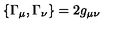
\left\{ \Gamma _ { \mu } , \Gamma _ { \nu } \right\} = 2 g _ { \mu \nu }